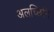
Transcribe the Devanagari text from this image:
अलच्छिनि